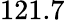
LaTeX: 121.7